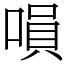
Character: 𠹚